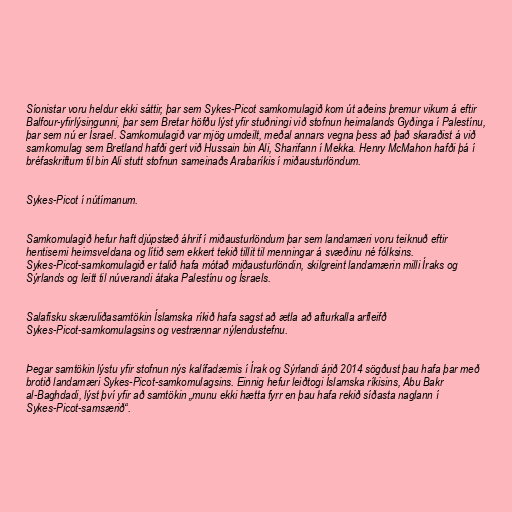
Síonistar voru heldur ekki sáttir, þar sem Sykes-Picot samkomulagið kom út aðeins þremur vikum á eftir
Balfour-yfirlýsingunni, þar sem Bretar höfðu lýst yfir stuðningi við stofnun heimalands Gyðinga í Palestínu,
þar sem nú er Ísrael. Samkomulagið var mjög umdeilt, meðal annars vegna þess að það skaraðist á við
samkomulag sem Bretland hafði gert við Hussain bin Ali, Sharifann í Mekka. Henry McMahon hafði þá í
bréfaskriftum til bin Ali stutt stofnun sameinaðs Arabaríkis í miðausturlöndum.

Sykes-Picot í nútímanum.

Samkomulagið hefur haft djúpstæð áhrif í miðausturlöndum þar sem landamæri voru teiknuð eftir
hentisemi heimsveldana og lítið sem ekkert tekið tillit til menningar á svæðinu né fólksins.
Sykes-Picot-samkomulagið er talið hafa mótað miðausturlöndin, skilgreint landamærin milli Íraks og
Sýrlands og leitt til núverandi átaka Palestínu og Ísraels.

Salafísku skæruliðasamtökin Íslamska ríkið hafa sagst að ætla að afturkalla arfleifð
Sykes-Picot-samkomulagsins og vestrænnar nýlendustefnu.

Þegar samtökin lýstu yfir stofnun nýs kalífadæmis í Írak og Sýrlandi árið 2014 sögðust þau hafa þar með
brotið landamæri Sykes-Picot-samkomulagsins. Einnig hefur leiðtogi Íslamska ríkisins, Abu Bakr
al-Baghdadi, lýst því yfir að samtökin „munu ekki hætta fyrr en þau hafa rekið síðasta naglann í
Sykes-Picot-samsærið“.